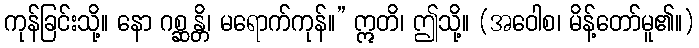
ကုန်ခြင်းသို့။ နော ဂစ္ဆန္တိ၊ မရောက်ကုန်။” ဣတိ၊ ဤသို့။ (အဝေါစ၊ မိန့်တော်မူ၏။)